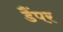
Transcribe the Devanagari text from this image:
डैंपर